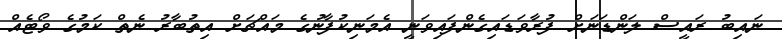
ނައިބު ރައީސް ލަންޑަނަށް ފުރާވަޑައިގެންފައިވަނީ އެމަނިކުފާނުގެ މައްޗަށް އިތުބާރު ނެތް ކަމުގެ ވޯޓެއް